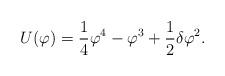
LaTeX: \begin{align*}U(\varphi) = {1 \over 4}\varphi^4 - \varphi^3 + {1 \over 2} \delta \varphi^2 .\end{align*}